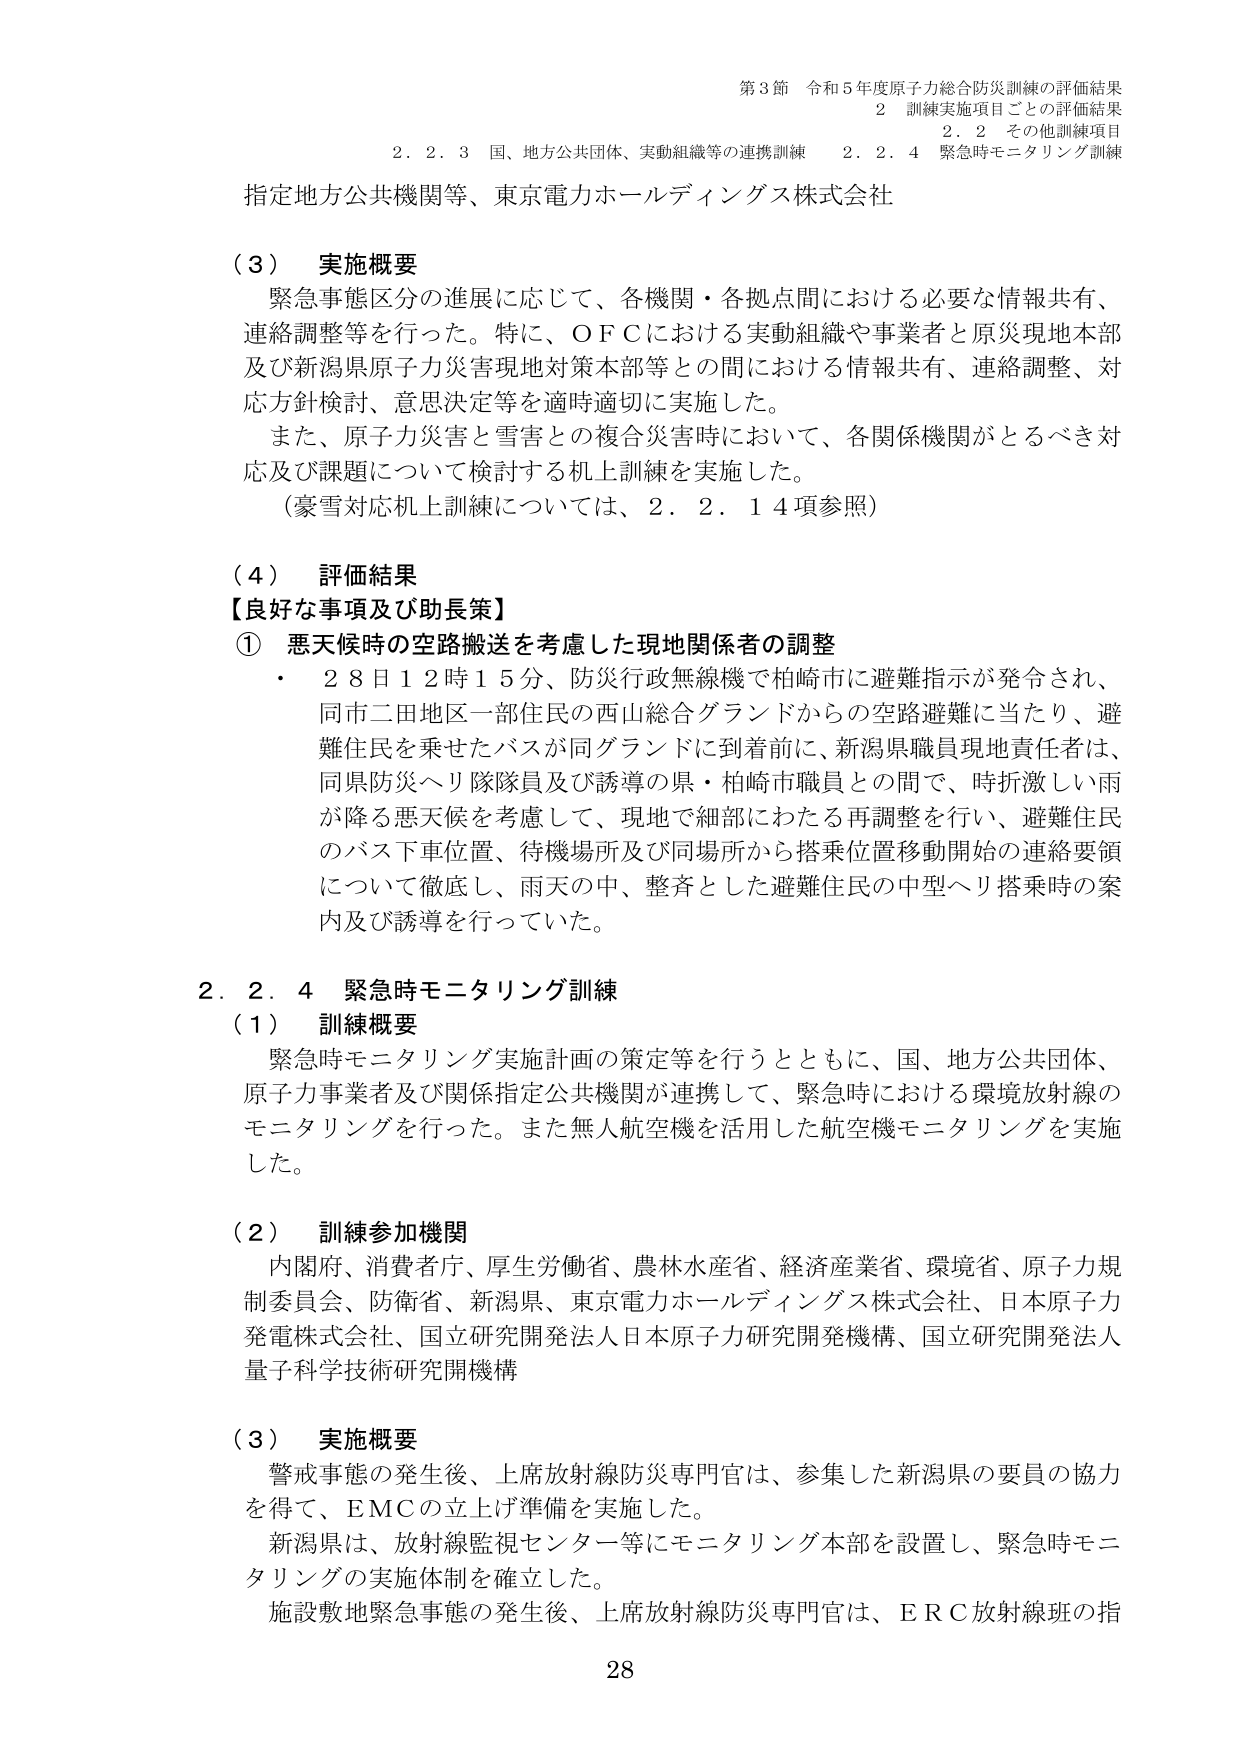
第3節 令和5年度原子力総合防災訓練の評価結果
2 訓練実施項目ごとの評価結果
2.2 その他訓練項目
2.2.4 緊急時モニタリング訓練

2.2.3 国、地方公共団体、実動組織等の連携訓練

指定地方公共機関等、東京電力ホールディングス株式会社

（3） 実施概要
緊急事態区分の進展に応じて、各機関・各拠点間における必要な情報共有、
連絡調整等を行った。特に、ＯＦＣにおける実動組織や事業者と原災現地本部
及び新潟県原子力災害現地対策本部等との間における情報共有、連絡調整、対
応方針検討、意思決定等を適時適切に実施した。
また、原子力災害と雪害との複合災害時において、各関係機関がとるべき対
応及び課題について検討する机上訓練を実施した。
（豪雪対応机上訓練については、2.2.14項参照）

（4） 評価結果
【良好な事項及び助長策】
① 悪天候時の空路搬送を考慮した現地関係者の調整
・ 28日12時15分、防災行政無線機で柏崎市に避難指示が発令され、
同市二田地区一部住民の西山総合グランドからの空路避難に当たり、避
難住民を乗せたバスが同グランドに到着前に、新潟県職員現地責任者は、
同県防災ヘリ隊隊員及び誘導の県・柏崎市職員との間で、時折激しい雨
が降る悪天候を考慮して、現地で細部にわたる再調整を行い、避難住民
のバス下車位置、待機場所及び同場所から搭乗位置移動開始の連絡要領
について徹底し、雨天の中、整斉とした避難住民の中型ヘリ搭乗時の案
内及び誘導を行っていた。

2.2.4 緊急時モニタリング訓練
（1） 訓練概要
緊急時モニタリング実施計画の策定等を行うとともに、国、地方公共団体、
原子力事業者及び関係指定公共機関が連携して、緊急時における環境放射線の
モニタリングを行った。また無人航空機を活用した航空機モニタリングを実施
した。

（2） 訓練参加機関
内閣府、消費者庁、厚生労働省、農林水産省、経済産業省、環境省、原子力規
制委員会、防衛省、新潟県、東京電力ホールディングス株式会社、日本原子力
発電株式会社、国立研究開発法人日本原子力研究開発機構、国立研究開発法人
量子科学技術研究開発機構

（3） 実施概要
警戒事態の発生後、上席放射線防災専門官は、参集した新潟県の要員の協力
を得て、ＥＭＣの立上げ準備を実施した。
新潟県は、放射線監視センター等にモニタリング本部を設置し、緊急時モニ
タリングの実施体制を確立した。
施設敷地緊急事態の発生後、上席放射線防災専門官は、ＥＲＣ放射線班の指

28